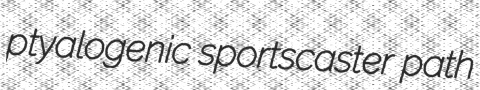
ptyalogenic sportscaster path